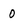
Character: 0